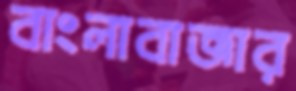
বাংলাবাজার